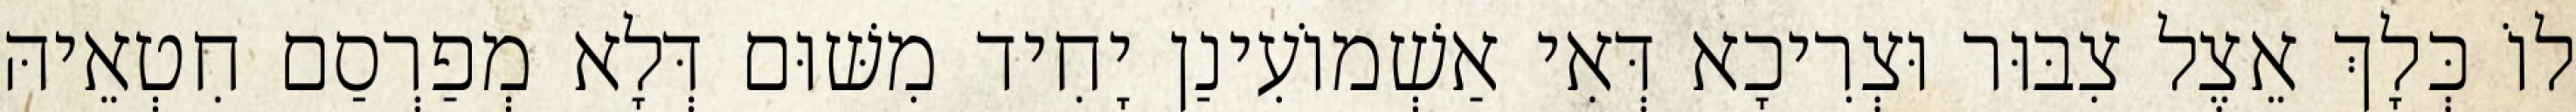
לוֹ כְּלָךְ אֵצֶל צִבּוּר וּצְרִיכָא דְּאִי אַשְׁמוֹעִינַן יָחִיד מִשּׁוּם דְּלָא מְפַרְסַם חִטְאֵיהּ